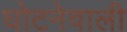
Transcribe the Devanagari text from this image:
घोटनेवाली